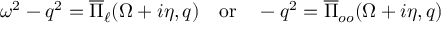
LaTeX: \omega ^ { 2 } - q ^ { 2 } = \overline { { \Pi } } _ { \ell } ( \Omega + i \eta , q ) \quad \mathrm { o r } \quad - q ^ { 2 } = \overline { { \Pi } } _ { o o } ( \Omega + i \eta , q )